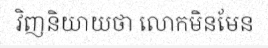
វិញនិយាយថា លោកមិនមែន